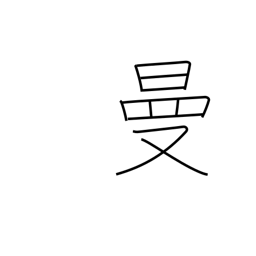
Meaning: wide